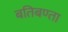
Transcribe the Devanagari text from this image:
बतिबण्ता